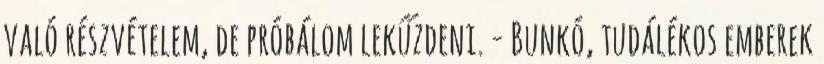
való részvételem, de próbálom lekűzdeni. - Bunkó, tudálékos emberek